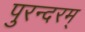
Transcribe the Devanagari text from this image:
पुरन्दरम्